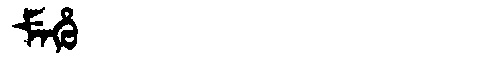
Manchu: ᠮᡝᡥᡠ
Romanization: MEHU